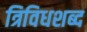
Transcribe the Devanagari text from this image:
त्रिविधशब्द